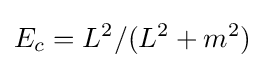
E_{c}=L^{2}/(L^{2}+m^{2})